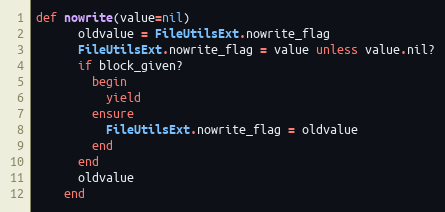
Language: Ruby
def nowrite(value=nil)
      oldvalue = FileUtilsExt.nowrite_flag
      FileUtilsExt.nowrite_flag = value unless value.nil?
      if block_given?
        begin
          yield
        ensure
          FileUtilsExt.nowrite_flag = oldvalue
        end
      end
      oldvalue
    end